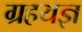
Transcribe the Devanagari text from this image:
ग्रहयज्ञ